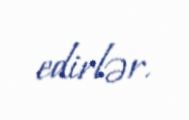
edirlər.